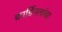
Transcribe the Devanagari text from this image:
कार्डिनलांचा